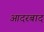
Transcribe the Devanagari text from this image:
आदरबाद